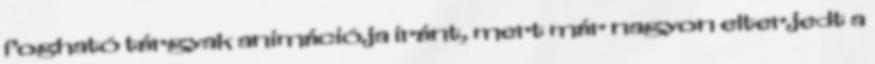
fogható tárgyak animációja iránt, mert már nagyon elterjedt a